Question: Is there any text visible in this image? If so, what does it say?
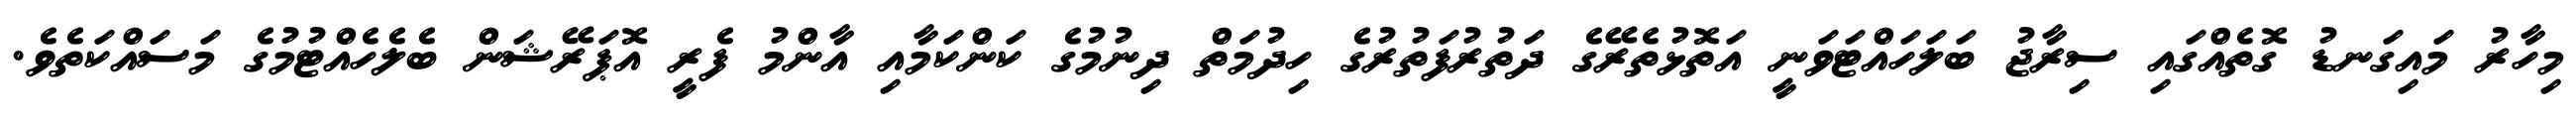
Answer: މިހާރު މައިގަނޑު ގޮތެއްގައި ސިރާޖު ބަލަހައްޓަވަނީ އަތޮޅުތެރޭގެ ދަތުރުފަތުރުގެ ހިދުމަތް ދިނުމުގެ ކަންކަމާއި އާންމު ފެރީ އޮޕަރޭޝަން ބެލެހެއްޓުމުގެ މަސައްކަތެވެ.